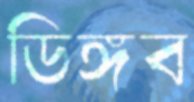
ডিঙ্গব